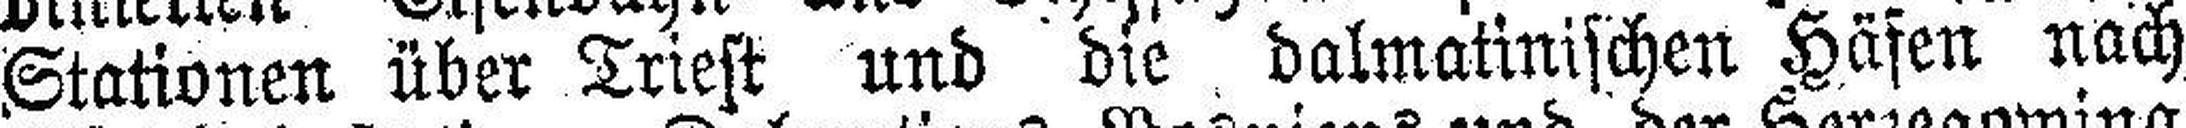
Stationen über Triest und die dalmatinischen Häfen nach